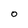
Character: 0